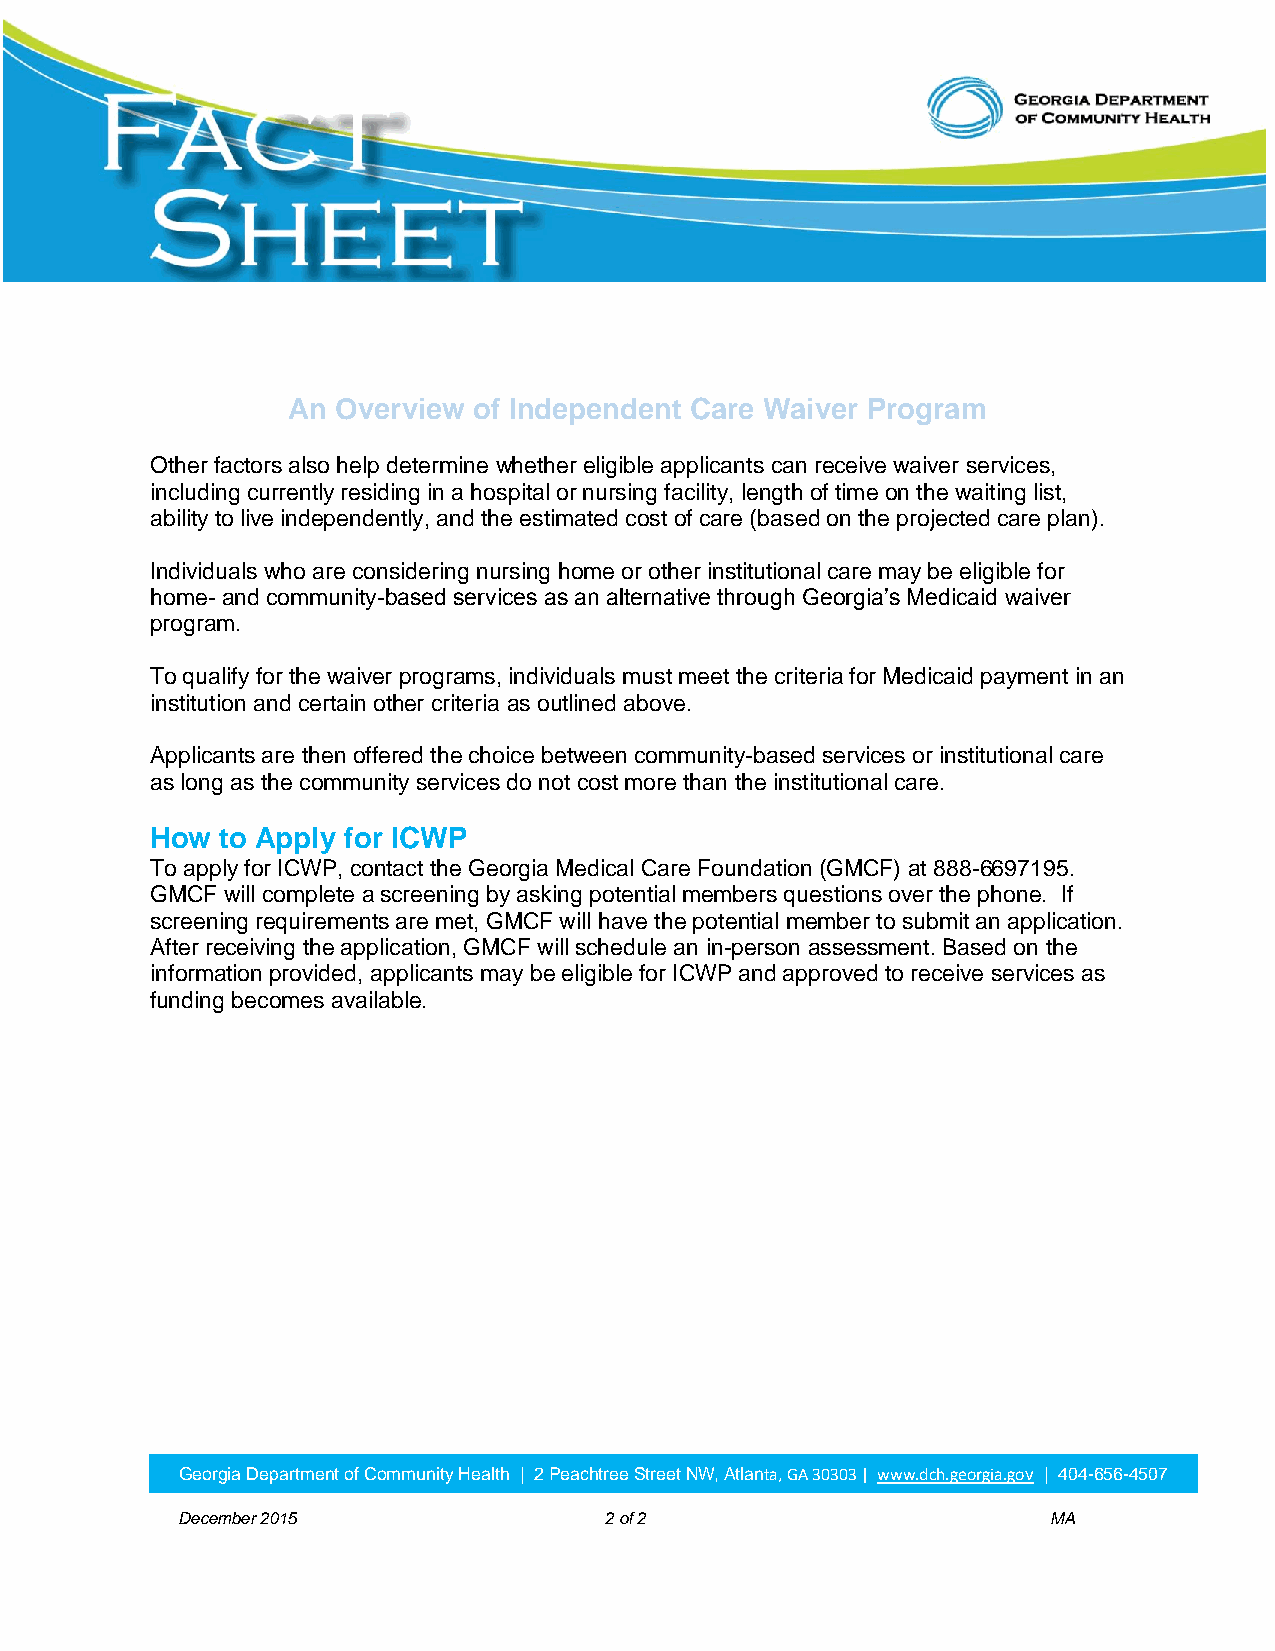
An Overview of Independent Care Waiver Program
 Other factors also help determine whether eligible applicants can receive waiver services,
 including currently residing in a hospital or nursing facility, length of time on the waiting list,
 ability to live independently, and the estimated cost of care (based on the projected care plan).
 Individuals who are considering nursing home or other institutional care may be eligible for
 home- and community-based services as an alternative through Georgia’s Medicaid waiver
 program.
 To qualify for the waiver programs, individuals must meet the criteria for Medicaid payment in an
 institution and certain other criteria as outlined above.
 Applicants are then offered the choice between community-based services or institutional care
 as long as the community services do not cost more than the institutional care.
 How  to Apply for ICWP
 To apply for ICWP, contact the Georgia Medical Care Foundation (GMCF) at 888-6697195.
 GMCF will complete a screening by asking potential members questions over the phone. If
 screening requirements are met, GMCF will have the potential member to submit an application.
 After receiving the application, GMCF will schedule an in-person assessment. Based on the
 information provided, applicants may be eligible for ICWP and approved to receive services as
 funding becomes available.
 Georgia Department of Community Health | 2 Peachtree Street NW, Atlanta, GA 30303 | www.dch.georgia.gov | 404-656-4507
 December 2015               2 of 2                        MA